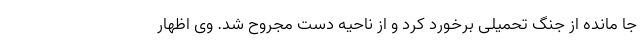
جا مانده از جنگ تحمیلی برخورد کرد و از ناحیه دست مجروح شد. وی اظهار